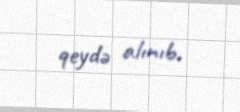
qeydə alınıb.